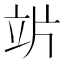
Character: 𥩜